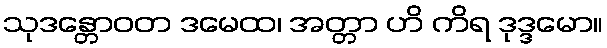
သုဒန္တောဝတ ဒမေထ၊ အတ္တာ ဟိ ကိရ ဒုဒ္ဒမော။